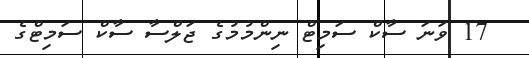
17 ވަނަ ސާކް ސަމިޓް ނިންމުމުގެ ޖަލްސާ ސާކް ސަމިޓްގެ